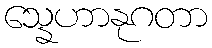
သ္နေဟာနုဂတာ